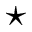
\star